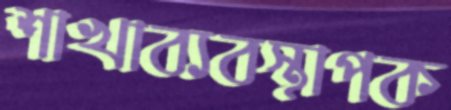
শাখাব্যবস্থাপক